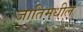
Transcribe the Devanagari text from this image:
जातिमधील